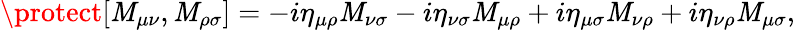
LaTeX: \protect[\mathit{M}_{\mu\nu},\mathit{M}_{\rho\sigma}]=-i\eta_{\mu\rho}\mathit{M}_{\nu\sigma}-i\eta_{\nu\sigma}\mathit{M}_{\mu\rho}+i\eta_{\mu\sigma}\mathit{M}_{\nu\rho}+i\eta_{\nu\rho}\mathit{M}_{\mu\sigma},